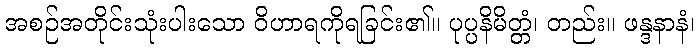
အစဉ်အတိုင်းသုံးပါးသော ဝိဟာရကိုရခြင်း၏။ ပုပ္ပနိမိတ္တံ၊ တည်း။ ဖန္ဒနာနံ၊